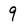
Character: 9